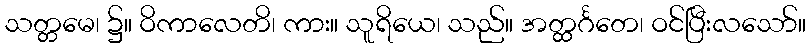
သတ္တမေ၊ ၌။ ဝိကာလေတိ၊ ကား။ သူရိယေ၊ သည်။ အတ္ထင်္ဂတေ၊ ဝင်ပြီးလသော်။